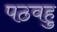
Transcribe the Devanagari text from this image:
पठवहु